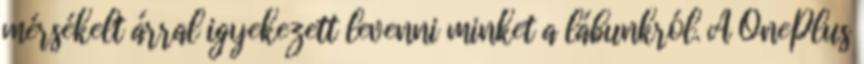
mérsékelt árral igyekezett levenni minket a lábunkról. A OnePlus